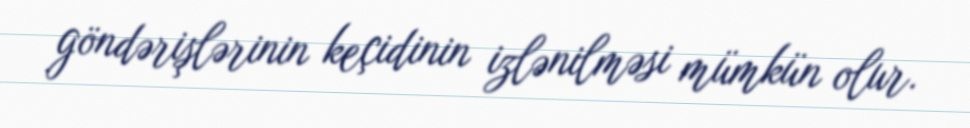
göndərişlərinin keçidinin izlənilməsi mümkün olur.